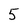
Character: 5